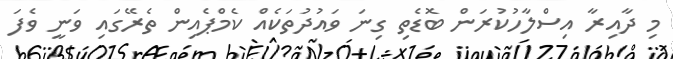
މި ދާއިރާ އިސްލާހުކުރަން ބޮޑެތި ގިނަ ވައުދުތަކެއް ކެމްޕެއިން ތެރޭގައި ވަނީ ވެފަ